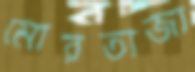
মোরতাজা